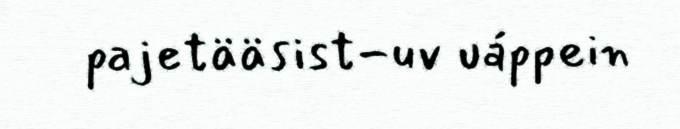
pajetääsist-uv uáppein